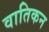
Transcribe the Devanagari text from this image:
वातिकन